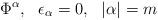
LaTeX: \begin{align*}\Phi^\alpha,~~\epsilon_\alpha = 0,~~|\alpha| = m\end{align*}